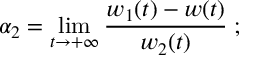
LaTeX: \alpha _ { 2 } = \operatorname * { l i m } _ { t \to + \infty } { \frac { w _ { 1 } ( t ) - w ( t ) } { w _ { 2 } ( t ) } } \; ;